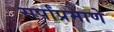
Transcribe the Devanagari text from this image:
सर्पांप्रमाणे